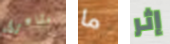
مشاعرى ما إثر